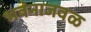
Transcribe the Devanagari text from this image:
भवनाजवळ